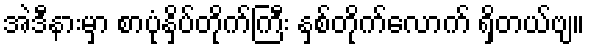
အဲဒီနားမှာ စာပုံနှိပ်တိုက်ကြီး နှစ်တိုက်လောက် ရှိတယ်ဗျ။